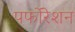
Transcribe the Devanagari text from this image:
पर्फोरेशन